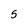
Character: 5